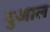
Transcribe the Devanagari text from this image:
दुआल